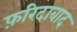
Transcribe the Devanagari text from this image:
फ़रिदाबाद